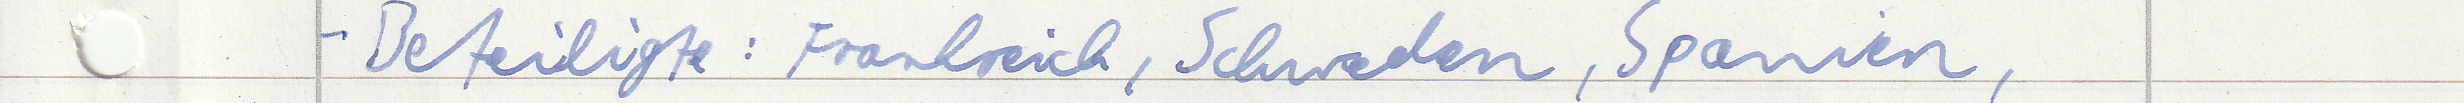
- Beteiligte: Frankreich, Schweden, Spanien,